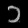
Digit: ၁